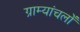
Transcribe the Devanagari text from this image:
ग्राम्यांचलोँ